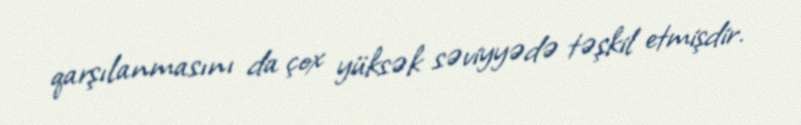
qarşılanmasını da çox yüksək səviyyədə təşkil etmişdir.